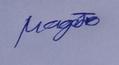
Signature authenticity: genuine